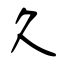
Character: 久